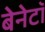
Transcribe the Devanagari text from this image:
बेनेटॉ